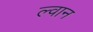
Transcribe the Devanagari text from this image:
ल्वान